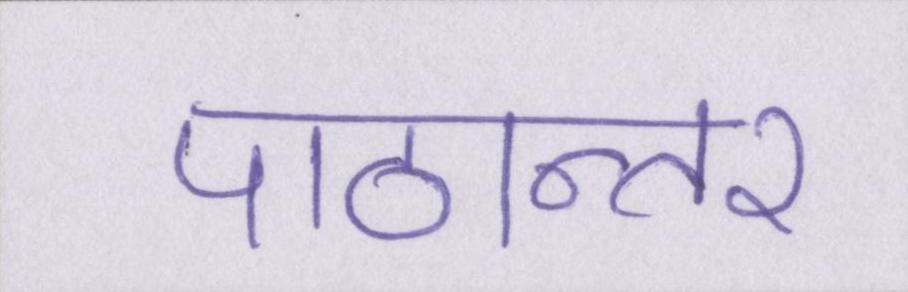
पाठान्तर